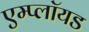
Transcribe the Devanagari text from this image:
एम्प्लॉयड